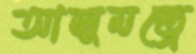
আলুমন্ত্রে